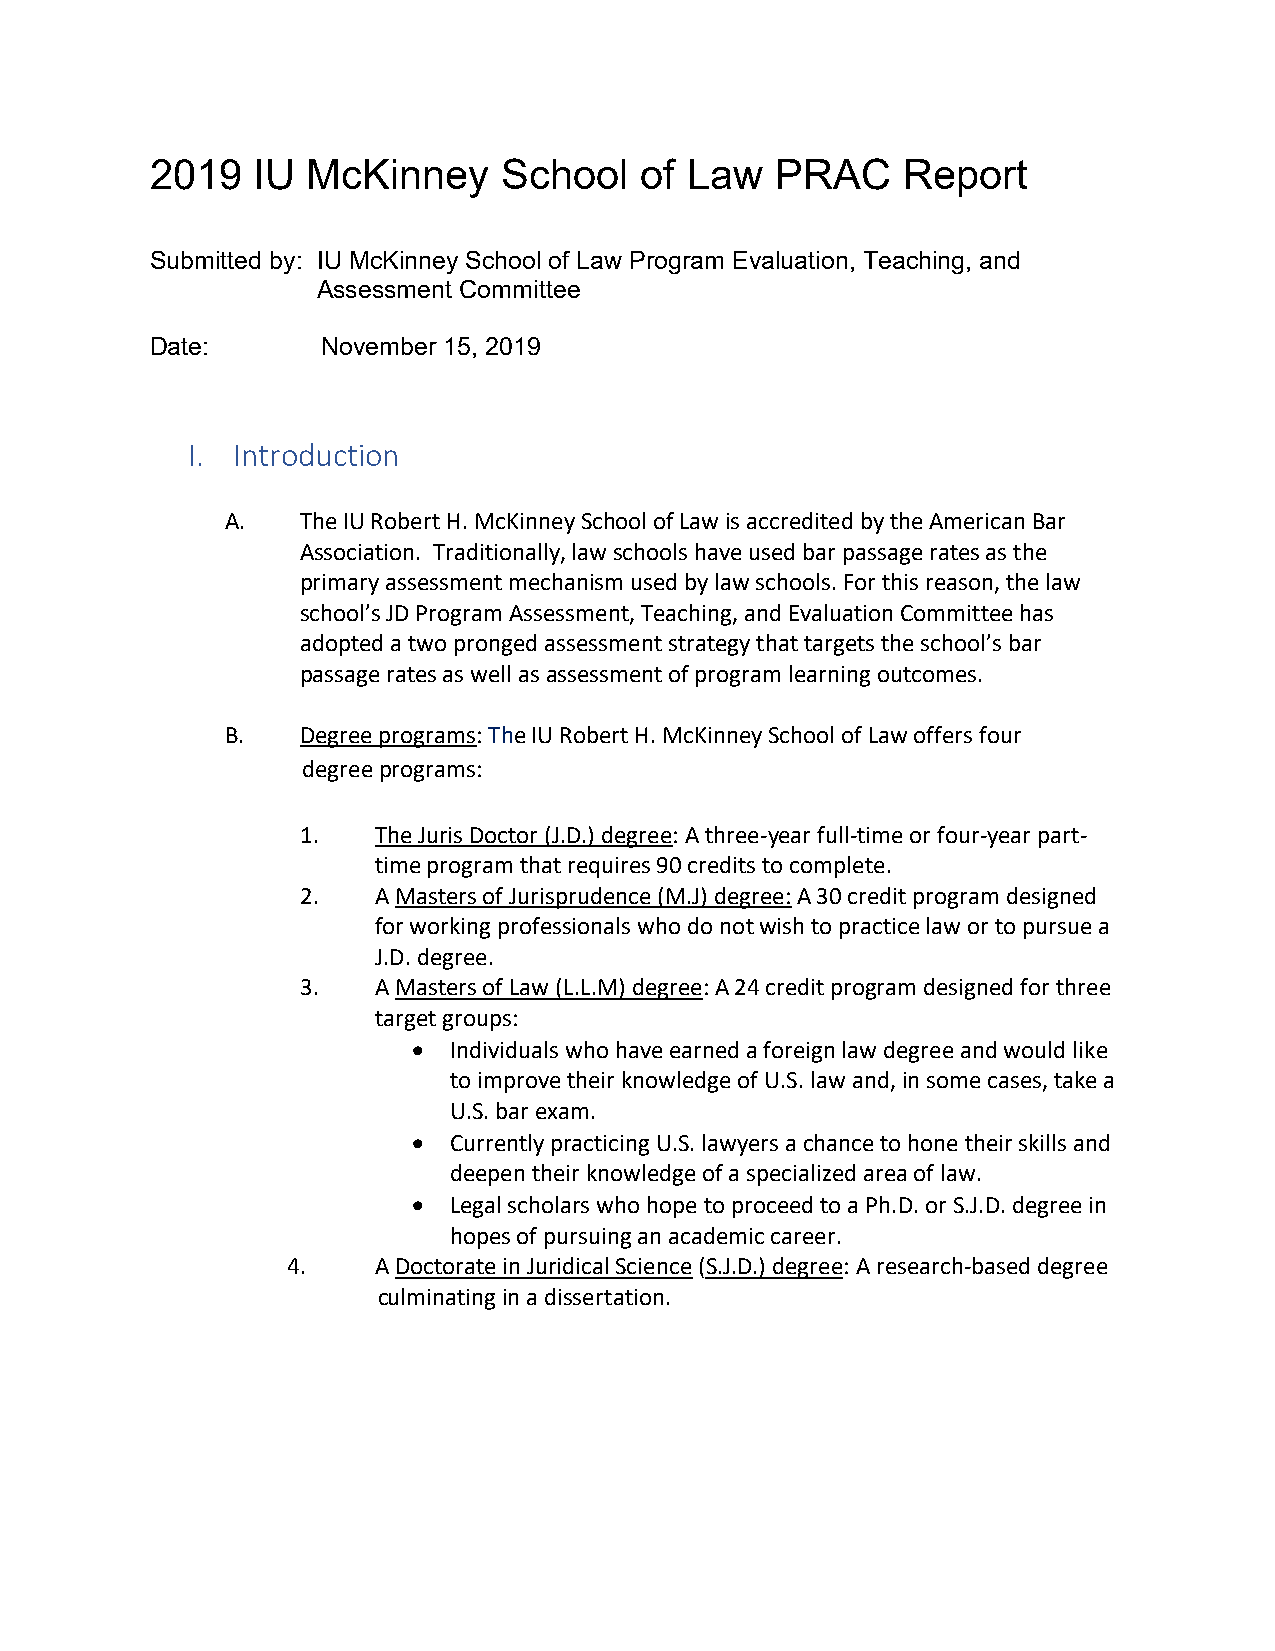
2019   IU McKinney     School   of  Law  PRAC     Report
 Submitted by: IU McKinney School of Law Program Evaluation, Teaching, and
 Assessment Committee
 Date:      November 15, 2019
 I. Introduction
 A.   The IU Robert H. McKinney School of Law is accredited by the American Bar
 Association. Traditionally, law schools have used bar passage rates as the
 primary assessment mechanism used by law schools. For this reason, the law
 school’s JD Program Assessment, Teaching, and Evaluation Committee has
 adopted a two pronged assessment strategy that targets the school’s bar
 passage rates as well as assessment of program learning outcomes.
 B.   Degree programs: The IU Robert H. McKinney School of Law offers four
 degree programs:
 1.   The Juris Doctor (J.D.) degree: A three-year full-time or four-year part-
 time program that requires 90 credits to complete.
 2.   A Masters of Jurisprudence (M.J) degree: A 30 credit program designed
 for working professionals who do not wish to practice law or to pursue a
 J.D. degree.
 3.   A Masters of Law (L.L.M) degree: A 24 credit program designed for three
 target groups:
 •  Individuals who have earned a foreign law degree and would like
 to improve their knowledge of U.S. law and, in some cases, take a
 U.S. bar exam.
 •  Currently practicing U.S. lawyers a chance to hone their skills and
 deepen their knowledge of a specialized area of law.
 •  Legal scholars who hope to proceed to a Ph.D. or S.J.D. degree in
 hopes of pursuing an academic career.
 4.    A Doctorate in Juridical Science (S.J.D.) degree: A research-based degree
 culminating in a dissertation.